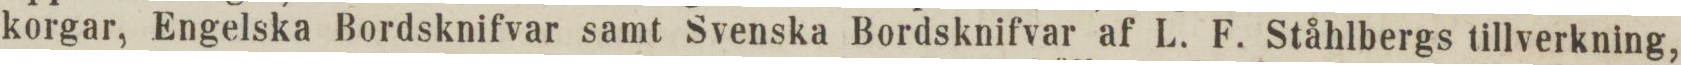
korgar, Engelska Bordsknifvar samt Svenska Bordsknifvar af L. F. Ståhlbergs tillverkning,